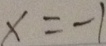
x = - 1